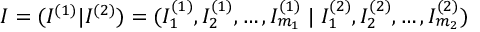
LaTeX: I = ( I ^ { ( 1 ) } | I ^ { ( 2 ) } ) = ( I _ { 1 } ^ { ( 1 ) } , I _ { 2 } ^ { ( 1 ) } , \ldots , I _ { m _ { 1 } } ^ { ( 1 ) } \; | \; I _ { 1 } ^ { ( 2 ) } , I _ { 2 } ^ { ( 2 ) } , \ldots , I _ { m _ { 2 } } ^ { ( 2 ) } )